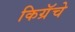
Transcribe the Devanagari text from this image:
किग्रॅचे